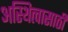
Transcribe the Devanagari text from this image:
अस्थित्वासाठी